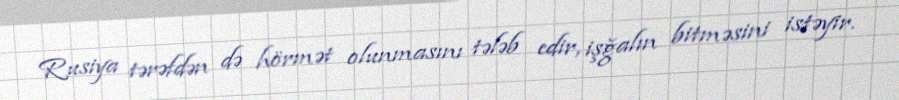
Rusiya tərəfdən də hörmət olunmasını tələb edir, işğalın bitməsini istəyir.